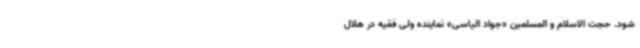
شود. حجت الاسلام و المسلمین «جواد الیاسی» نماینده ولی فقیه در هلال